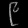
Digit: ၉